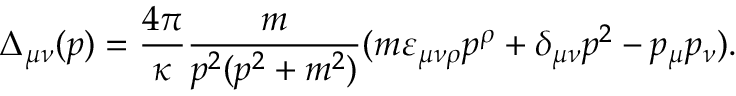
\Delta _ { \mu \nu } ( p ) = \frac { 4 \pi } { \kappa } \frac { m } { p ^ { 2 } ( p ^ { 2 } + m ^ { 2 } ) } ( m \varepsilon _ { \mu \nu \rho } p ^ { \rho } + \delta _ { \mu \nu } p ^ { 2 } - p _ { \mu } p _ { \nu } ) .